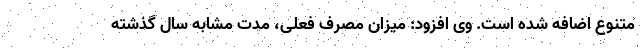
متنوع اضافه شده است. وی افزود: میزان مصرف فعلی، مدت مشابه سال گذشته